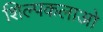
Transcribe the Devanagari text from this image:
शिल्पकलाओ